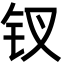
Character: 钗